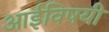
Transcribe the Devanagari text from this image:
आईविषयी